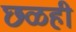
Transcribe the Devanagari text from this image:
छळही